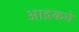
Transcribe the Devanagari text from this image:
आद्रकचे